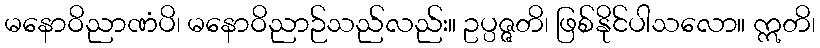
မနောဝိညာဏံပိ၊ မနောဝိညာဉ်သည်လည်း။ ဥပ္ပဇ္ဇတိ၊ ဖြစ်နိုင်ပါသလော။ ဣတိ၊